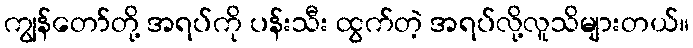
ကျွန်တော်တို့ အရပ်ကို ပန်းသီး ထွက်တဲ့ အရပ်လို့လူသိများတယ်။